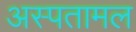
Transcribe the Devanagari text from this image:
अस्पतामल